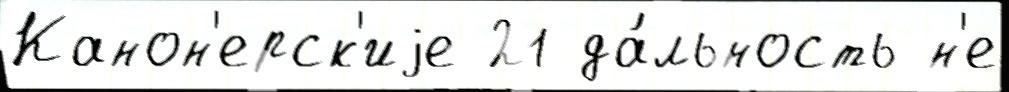
Канон'ерск'иjе 21 да́льность н'е